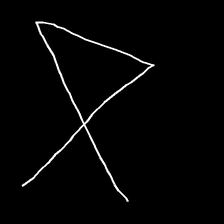
Glyph: collection